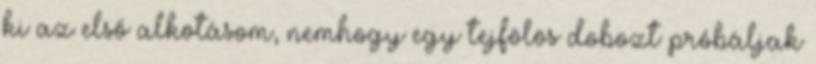
ki az első alkotásom, nemhogy egy tejfölös dobozt próbáljak